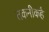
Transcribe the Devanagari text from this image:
तकनीकहै